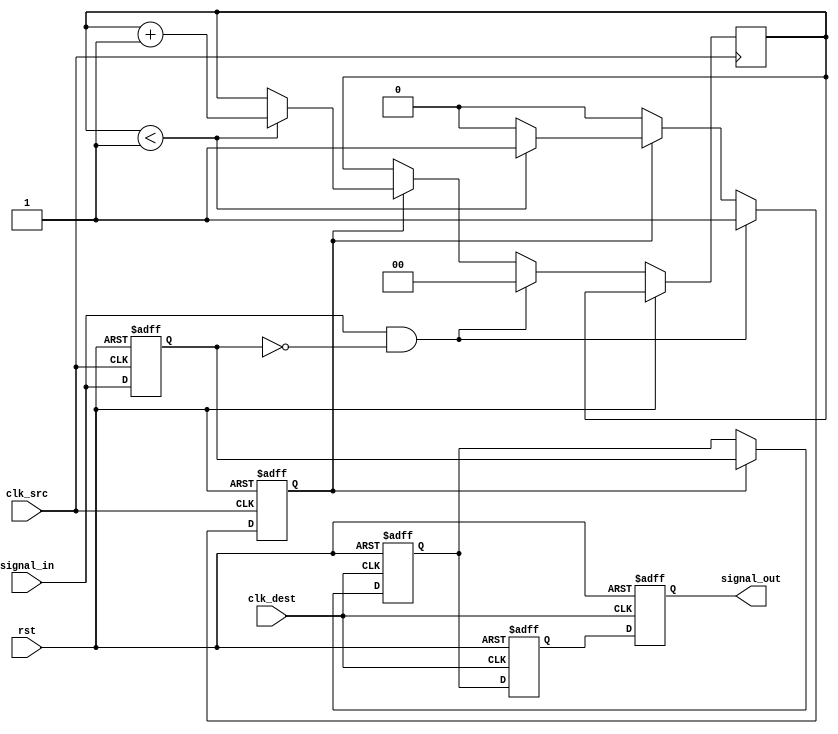
module pulsed_synchronizer #(
    parameter PULSE_WIDTH = 2 // Pulse width in clk_dest cycles
)(
    input wire clk_src,        // Source clock
    input wire clk_dest,       // Destination clock
    input wire rst,            // Asynchronous reset
    input wire signal_in,      // Input signal from source clock domain
    output reg signal_out       // Synchronized output signal in destination clock domain
);

    reg signal_in_d1;          // Delayed version of the input signal
    reg pulse;                 // Pulse signal
    reg [1:0] pulse_counter;   // Counter for pulse width

    // Pulse generation logic
    always @(posedge clk_src or posedge rst) begin
        if (rst) begin
            signal_in_d1 <= 1'b0;
            pulse <= 1'b0;
        end else begin
            // Generate pulse on rising edge of signal_in
            if (signal_in && !signal_in_d1) begin
                pulse <= 1'b1; // Start pulse
                pulse_counter <= 2'b00; // Reset pulse counter
            end else if (pulse) begin
                if (pulse_counter < PULSE_WIDTH - 1) begin
                    pulse_counter <= pulse_counter + 1;
                end else begin
                    pulse <= 1'b0; // End pulse
                end
            end
            signal_in_d1 <= signal_in; // Update delayed signal
        end
    end

    // Synchronization logic
    reg signal_in_sync1; // First stage of synchronization
    reg signal_in_sync2; // Second stage of synchronization

    always @(posedge clk_dest or posedge rst) begin
        if (rst) begin
            signal_in_sync1 <= 1'b0;
            signal_in_sync2 <= 1'b0;
            signal_out <= 1'b0;
        end else begin
            // First stage of synchronization
            signal_in_sync1 <= pulse ? signal_in_d1 : signal_in_sync1;
            // Second stage of synchronization
            signal_in_sync2 <= signal_in_sync1;
            // Output synchronized signal
            signal_out <= signal_in_sync2;
        end
    end

endmodule